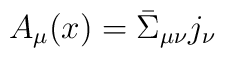
A_\mu(x) = \bar \Sigma_{\mu \nu}  j_\nu